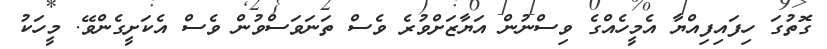
ގޮތުގަ ހިފައިފިއްޔާ އެމީހެއްގެ ވިސްނުން އަޔާޒަށްވުރެ ވެސް ތަނަވަސްވުން ވެސް އެކަށީގެންވޭ. މީހަކު